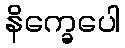
နိက္ခေပေါ